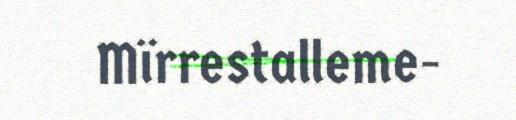
Mïrrestalleme-